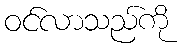
ဝင်လာသည်ကို